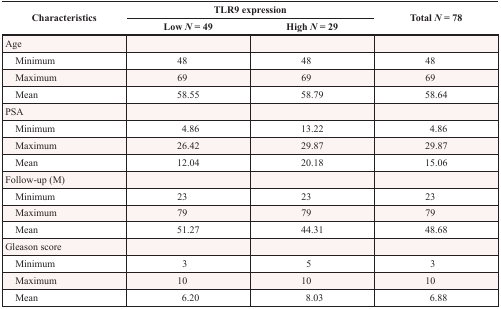
<table><thead><tr><td><b>Characteristics</b></td><td colspan="2"><b>TLR9 expression</b></td><td><b>Total <i>N</i> = 78</b></td></tr><tr><td></td><td><b>Low <i>N</i> = 49</b></td><td><b>High <i>N</i> = 29</b></td><td></td></tr></thead><tbody><tr><td>Age</td><td></td><td></td><td></td></tr><tr><td> Minimum</td><td>48</td><td>48</td><td>48</td></tr><tr><td> Maximum</td><td>69</td><td>69</td><td>69</td></tr><tr><td> Mean</td><td>58.55</td><td>58.79</td><td>58.64</td></tr><tr><td>PSA</td><td></td><td></td><td></td></tr><tr><td> Minimum</td><td>4.86</td><td>13.22</td><td>4.86</td></tr><tr><td> Maximum</td><td>26.42</td><td>29.87</td><td>29.87</td></tr><tr><td> Mean</td><td>12.04</td><td>20.18</td><td>15.06</td></tr><tr><td>Follow-up (M)</td><td></td><td></td><td></td></tr><tr><td> Minimum</td><td>23</td><td>23</td><td>23</td></tr><tr><td> Maximum</td><td>79</td><td>79</td><td>79</td></tr><tr><td> Mean</td><td>51.27</td><td>44.31</td><td>48.68</td></tr><tr><td>Gleason score</td><td></td><td></td><td></td></tr><tr><td> Minimum</td><td>3</td><td>5</td><td>3</td></tr><tr><td> Maximum</td><td>10</td><td>10</td><td>10</td></tr><tr><td> Mean</td><td>6.20</td><td>8.03</td><td>6.88</td></tr></tbody></table>